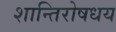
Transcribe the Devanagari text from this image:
शान्तिरोषधय